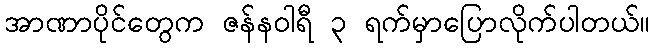
အာဏာပိုင်တွေက ဇန်နဝါရီ ၃ ရက်မှာပြောလိုက်ပါတယ်။